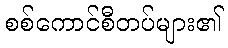
စစ်ကောင်စီတပ်များ၏